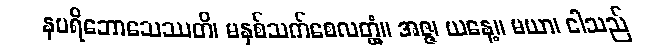
နပရိဘောသေဿတိ၊ မနှစ်သက်စေလတ္တံ့။ အဇ္ဇ၊ ယနေ့။ မယာ၊ ငါသည်